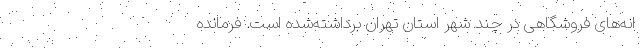
انه‌های فروشگاهی در چند شهر استان تهران برداشته‌شده است. فرمانده